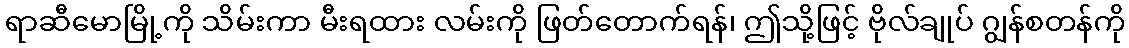
ရာဆီမောမြို့ကို သိမ်းကာ မီးရထား လမ်းကို ဖြတ်တောက်ရန်၊ ဤသို့ဖြင့် ဗိုလ်ချုပ် ဂျွန်စတန်ကို